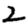
Digit: 2